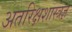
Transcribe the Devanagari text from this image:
अतरिक्षशास्त्रज्ञ